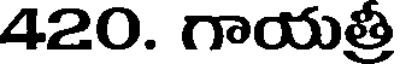
420. గాయత్రీ